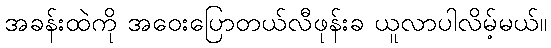
အခန်းထဲကို အဝေးပြောတယ်လီဖုန်းခ ယူလာပါလိမ့်မယ်။